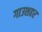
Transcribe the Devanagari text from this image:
गाउशहर